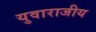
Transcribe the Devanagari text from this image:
युवाराजीय